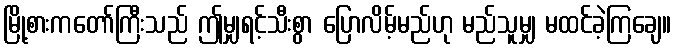
မြို့စားကတော်ကြီးသည် ဤမျှရင့်သီးစွာ ပြောလိမ့်မည်ဟု မည်သူမျှ မထင်ခဲ့ကြချေ။